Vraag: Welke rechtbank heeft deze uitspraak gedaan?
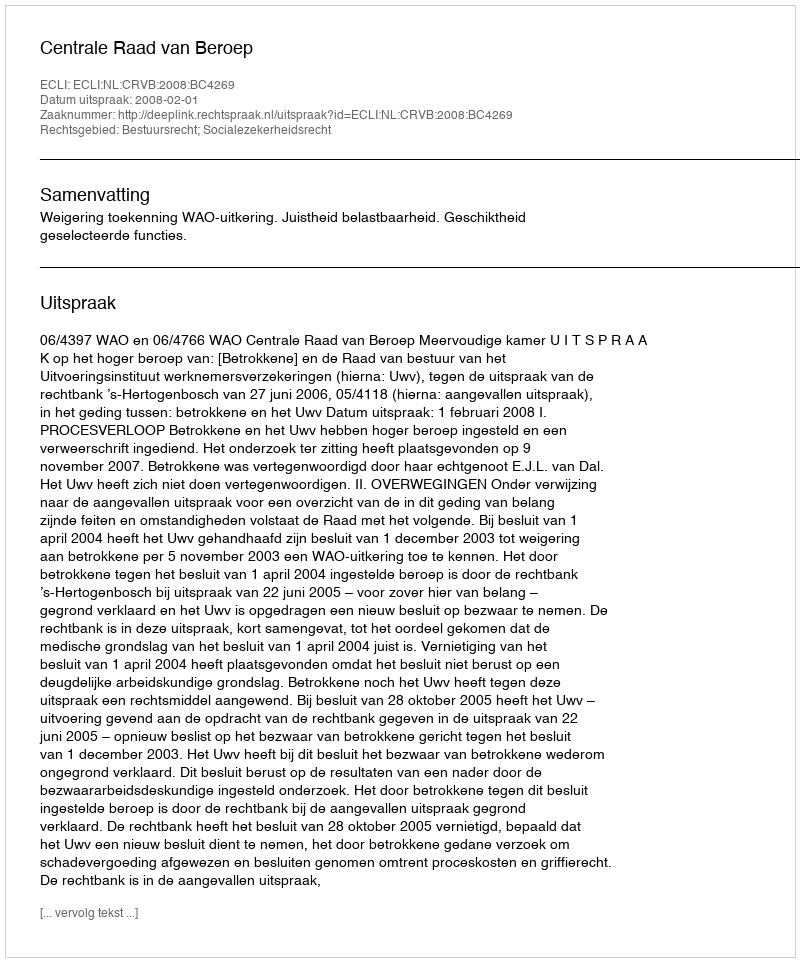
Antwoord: Centrale Raad van Beroep